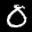
Label: 0